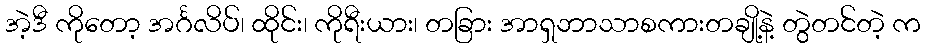
အဲ့ဒီ ကိုတော့ အင်္ဂလိပ်၊ ထိုင်း၊ ကိုရီးယား၊ တခြား အာရှဘာသာစကားတချို့နဲ့ တွဲတင်တဲ့ က